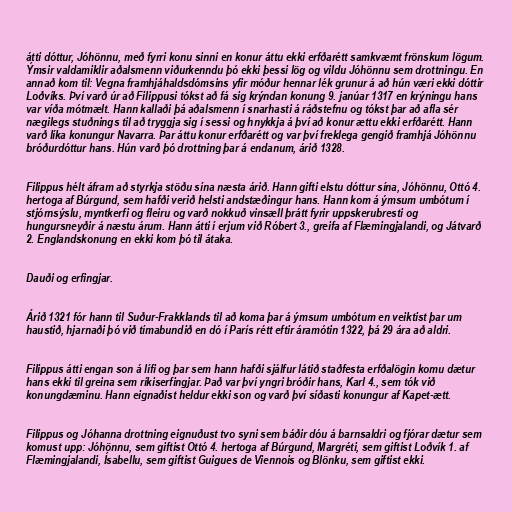
átti dóttur, Jóhönnu, með fyrri konu sinni en konur áttu ekki erfðarétt samkvæmt frönskum lögum.
Ýmsir valdamiklir aðalsmenn viðurkenndu þó ekki þessi lög og vildu Jóhönnu sem drottningu. En
annað kom til: Vegna framhjáhaldsdómsins yfir móður hennar lék grunur á að hún væri ekki dóttir
Loðvíks. Því varð úr að Filippusi tókst að fá sig krýndan konung 9. janúar 1317 en krýningu hans
var víða mótmælt. Hann kallaði þá aðalsmenn í snarhasti á ráðstefnu og tókst þar að afla sér
nægilegs stuðnings til að tryggja sig í sessi og hnykkja á því að konur ættu ekki erfðarétt. Hann
varð líka konungur Navarra. Þar áttu konur erfðarétt og var því freklega gengið framhjá Jóhönnu
bróðurdóttur hans. Hún varð þó drottning þar á endanum, árið 1328.

Filippus hélt áfram að styrkja stöðu sína næsta árið. Hann gifti elstu dóttur sína, Jóhönnu, Ottó 4.
hertoga af Búrgund, sem hafði verið helsti andstæðingur hans. Hann kom á ýmsum umbótum í
stjórnsýslu, myntkerfi og fleiru og varð nokkuð vinsæll þrátt fyrir uppskerubresti og
hungursneyðir á næstu árum. Hann átti í erjum við Róbert 3., greifa af Flæmingjalandi, og Játvarð
2. Englandskonung en ekki kom þó til átaka.

Dauði og erfingjar.

Árið 1321 fór hann til Suður-Frakklands til að koma þar á ýmsum umbótum en veiktist þar um
haustið, hjarnaði þó við tímabundið en dó í París rétt eftir áramótin 1322, þá 29 ára að aldri.

Filippus átti engan son á lífi og þar sem hann hafði sjálfur látið staðfesta erfðalögin komu dætur
hans ekki til greina sem ríkiserfingjar. Það var því yngri bróðir hans, Karl 4., sem tók við
konungdæminu. Hann eignaðist heldur ekki son og varð því síðasti konungur af Kapet-ætt.

Filippus og Jóhanna drottning eignuðust tvo syni sem báðir dóu á barnsaldri og fjórar dætur sem
komust upp: Jóhönnu, sem giftist Ottó 4. hertoga af Búrgund, Margréti, sem giftist Loðvík 1. af
Flæmingjalandi, Ísabellu, sem giftist Guigues de Viennois og Blönku, sem giftist ekki.